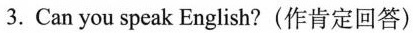
3.Can you speak English?(作肯定回答)